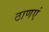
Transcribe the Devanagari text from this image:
ठाणएं